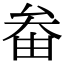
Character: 畚